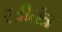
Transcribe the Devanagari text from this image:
स्त्रीतंत्र